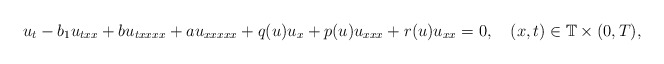
\begin{align*} u_t-b_1u_{txx}+bu_{txxxx}+au_{xxxxx}+q(u)u_x+p(u)u_{xxx}+r(u)u_{xx}=0, \ \ \ (x,t)\in\mathbb{T}\times(0,T),\end{align*}